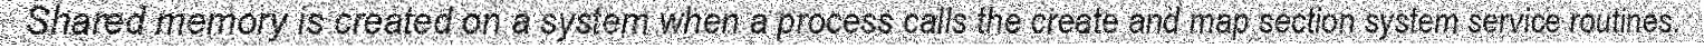
Shared memory is created on a system when a process calls the create and map section system service routines.